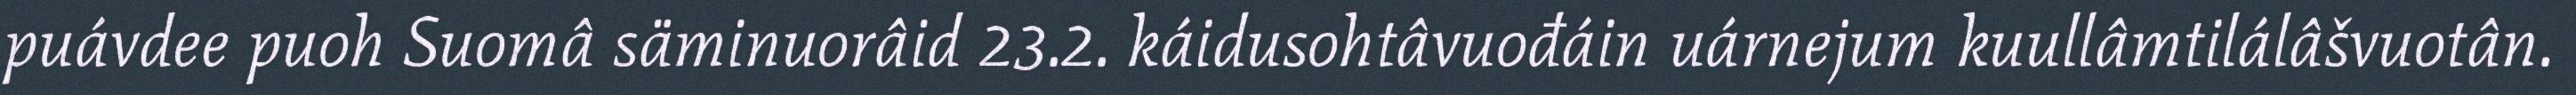
puávdee puoh Suomâ säminuorâid 23.2. káidusohtâvuođáin uárnejum kuullâmtilálâšvuotân.